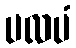
ပလပံ